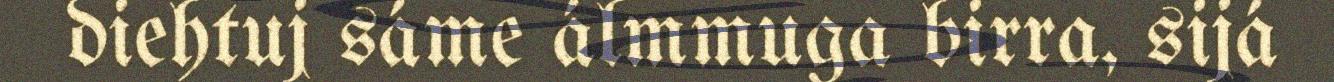
diehtuj sáme álmmuga birra, sijá